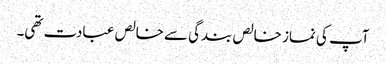
آپ کی نماز خالص بندگی سے خالص عبادت تھی۔